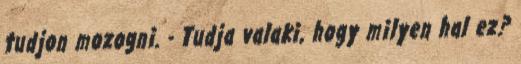
tudjon mozogni. - Tudja valaki, hogy milyen hal ez?